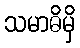
သမာဓိမှိ